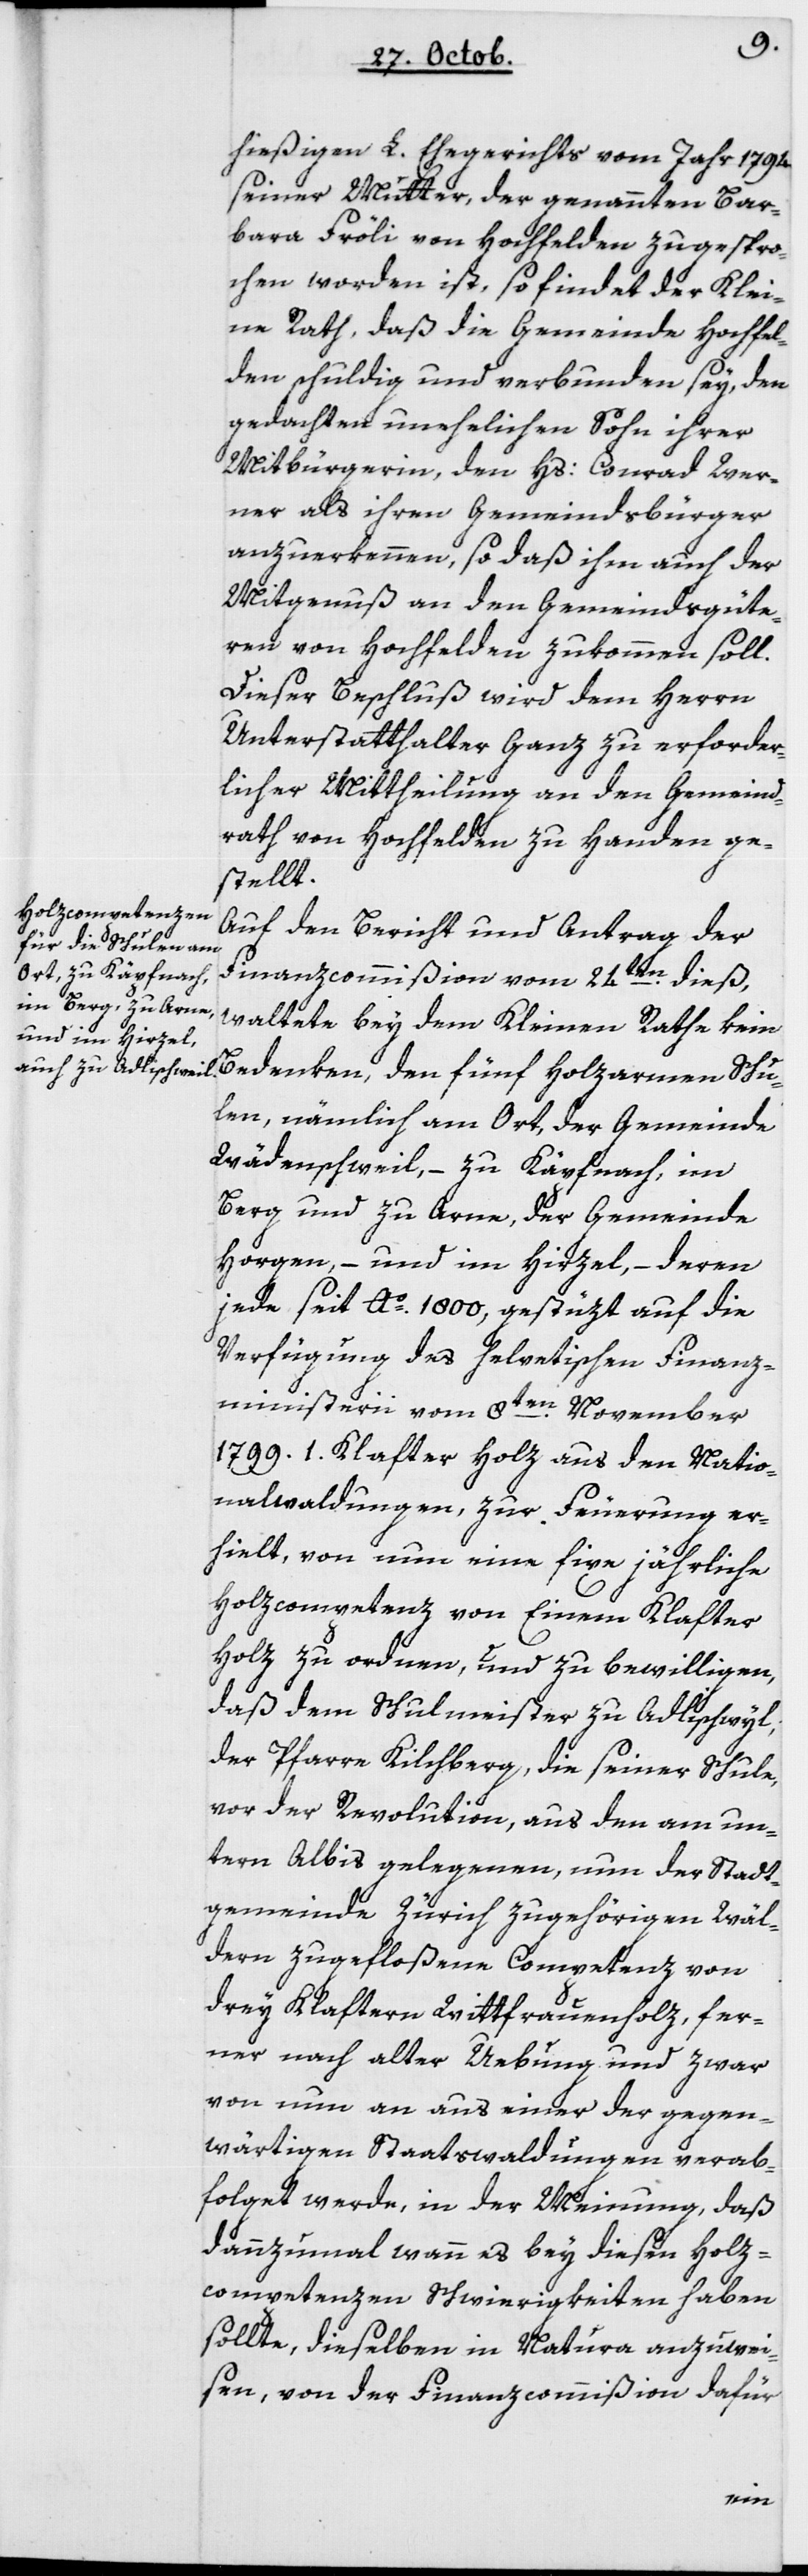
hießigen L. Ehegerichts vom Jahr 1794
seiner Mutter, der genannten Bar¬
bara Fröli von Hochfelden zugespro¬
chen worden ist, so findet der Klei¬
ne Rath, daß die Gemeinde Hochfel¬
den schuldig und verbunden sey, den
gedachten unehelichen Sohn ihrer
Mitbürgerin, den Hs. Conrad Wer¬
ner als ihren Gemeindbürger
anzuerkennen, so daß ihm auch der
Mitgenuß an den Gemeindsgüte¬
ren von Hochfelden zukommen soll.
Dieser Beschluß wird dem Herrn
Unterstatthalter Ganz zu erforder¬
licher Mittheilung an den Gemeind¬
rath von Hochfelden zu Handen ge¬
stellt.
Auf den Bericht und Antrag der
Finanzcommißion vom 24ten dieß,
waltete bey dem Kleinen Rathe kein
Bedenken, den fünf holzarmen Schu¬
len, nämlich am Ort, der Gemeinde
Wädenschweil, – zu Käpfnach, im
Berg und zu Arne, der Gemeinde
Horgen, – und im Hirzel, – deren
jede seit Ao. 1800, gestüzt auf die
Verfügung des helvetischen Finanz¬
ministerii vom 8ten November
1799 ein Klafter Holz aus den Natio¬
nalwaldungen zur Feuerung er¬
hielt, von nun eine fixe jährliche
Holzcompetenz von einem Klafter
Holz zu ordnen, und zu bewilligen,
daß dem Schulmeister zu Adlischwyl,
der Pfarre Kilchberg, die seiner Schule
vor der Revolution, aus den am un¬
tern Albis gelegenen, nun der Stadt¬
gemeinde Zürich zugehörigen Wäl¬
dern zugefloßene Competenz von
drey Klaftern Wittfrauenholz, fer¬
ner nach alter Übung und zwar
von nun an aus einer der gegen¬
wärtigen Staatswaldungen verab¬
folget werde, in der Meinung, daß
dannzumal, wenn es bey diesen Holz¬
competenzen Schwierigkeiten haben
sollte, dieselben in natura anzuwei¬
sen, von der Finanzcommißion dafür